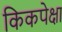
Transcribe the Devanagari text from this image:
किकपेक्षा